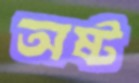
অষ্ট